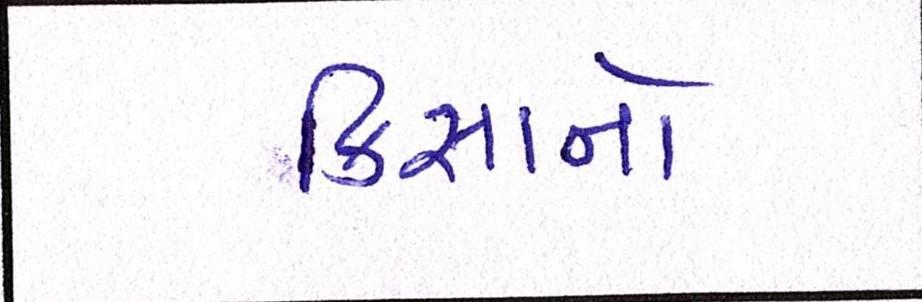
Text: કિસાનો